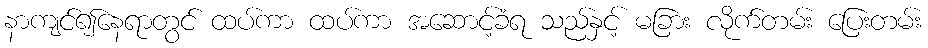
နာကျင်၍နေရာတွင် ထပ်ကာ ထပ်ကာ အဆောင့်ခံရ သည်နှင့် မခြား လိုက်တမ်း ပြေးတမ်း